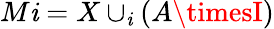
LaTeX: M\mathit{i}=X\cup_{\mathit{i}}(A\timesI)